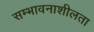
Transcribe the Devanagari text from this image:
सम्भावनाशीलता